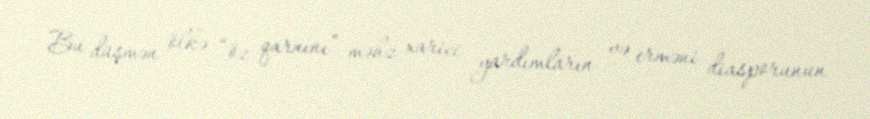
Bu düşmən ölkə “öz qarnını” məhz xarici yardımların və erməni diasporunun